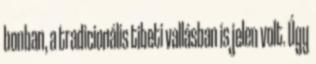
bonban, a tradicionális tibeti vallásban is jelen volt. Úgy